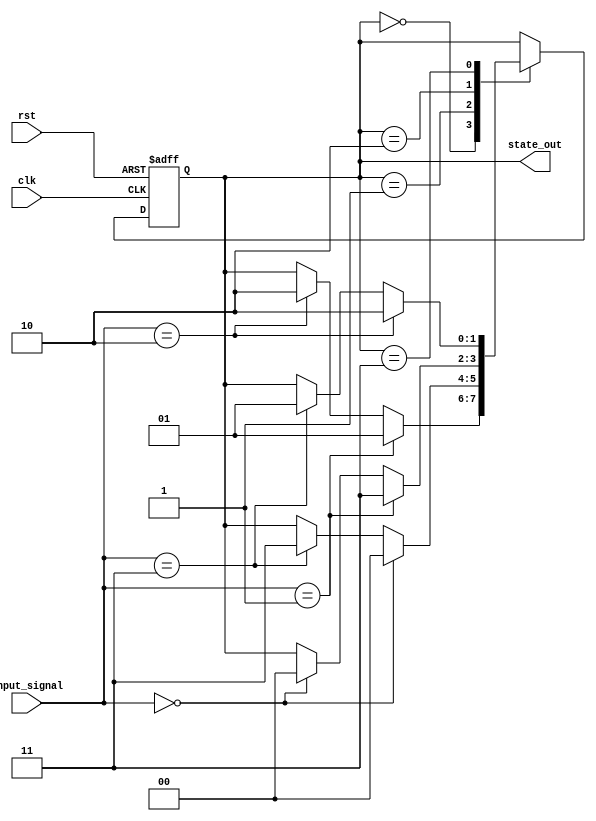
module fsm_example #(
    parameter STATE_WIDTH = 2,        // Number of bits for state representation
    parameter NUM_STATES = 4,         // Number of states in the FSM
    parameter DEFAULT_STATE = 0        // Default state on reset
) (
    input  wire                       clk,        // Clock signal
    input  wire                       rst,        // Reset signal (active high)
    input  wire [1:0]                input_signal, // Input signals for state transitions
    output reg  [STATE_WIDTH-1:0]    state_out   // Current state output
);

// State encoding
localparam [STATE_WIDTH-1:0] 
    STATE_0 = 2'b00,
    STATE_1 = 2'b01,
    STATE_2 = 2'b10,
    STATE_3 = 2'b11;

// State variable
reg [STATE_WIDTH-1:0] current_state;

// Initialization and state transition logic
always @(posedge clk or posedge rst) begin
    if (rst) begin
        current_state <= DEFAULT_STATE; // Set to default state on reset
    end else begin
        case (current_state)
            STATE_0: 
                if (input_signal == 2'b01) begin
                    current_state <= STATE_1;
                end else if (input_signal == 2'b10) begin
                    current_state <= STATE_2;
                end
                
            STATE_1: 
                if (input_signal == 2'b00) begin
                    current_state <= STATE_0;
                end else if (input_signal == 2'b11) begin
                    current_state <= STATE_3;
                end
                
            STATE_2: 
                if (input_signal == 2'b01) begin
                    current_state <= STATE_3;
                end else if (input_signal == 2'b00) begin
                    current_state <= STATE_0;
                end
                
            STATE_3: 
                if (input_signal == 2'b10) begin
                    current_state <= STATE_2;
                end else if (input_signal == 2'b11) begin
                    current_state <= STATE_1;
                end
            
            default: current_state <= DEFAULT_STATE; // Default case
        endcase
    end
end

// Output generation based on current state
always @(*) begin
    state_out = current_state; // Assign output to current state
end

endmodule